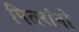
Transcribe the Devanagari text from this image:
पितरांनो